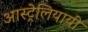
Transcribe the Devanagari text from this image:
आस्ट्रेलियायी